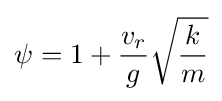
\psi =1+{\frac {v_{r}}{g}}{\sqrt {\frac {k}{m}}}